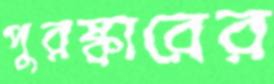
পুরষ্কারের